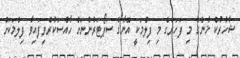
ޝާހުރުކް ޚާންގެ މި ފަހަރުގެ މި ފިލްމަކީ އޭނާގެ ސަޕޯޓަރުންނަށް ހާއްސަކުރެވިފައިވާ ފިލްމަކަށް